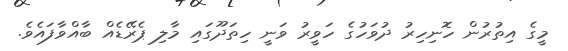
މީގެ އިތުރުން ހޮނިހިރު ދުވަހުގެ ހަވީރު ވަނީ ހިތަދޫގައި މާލި ޕެރޭޑެއް ބާއްވާފައެވެ.